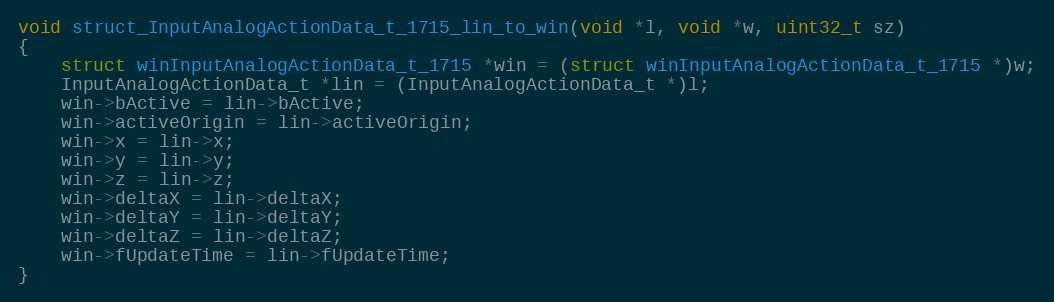
Language: C++
void struct_InputAnalogActionData_t_1715_lin_to_win(void *l, void *w, uint32_t sz)
{
    struct winInputAnalogActionData_t_1715 *win = (struct winInputAnalogActionData_t_1715 *)w;
    InputAnalogActionData_t *lin = (InputAnalogActionData_t *)l;
    win->bActive = lin->bActive;
    win->activeOrigin = lin->activeOrigin;
    win->x = lin->x;
    win->y = lin->y;
    win->z = lin->z;
    win->deltaX = lin->deltaX;
    win->deltaY = lin->deltaY;
    win->deltaZ = lin->deltaZ;
    win->fUpdateTime = lin->fUpdateTime;
}